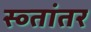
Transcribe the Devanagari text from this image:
स्व्तांतर